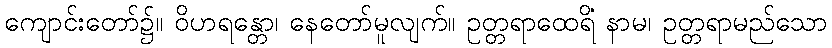
ကျောင်းတော်၌။ ဝိဟရန္တော၊ နေတော်မူလျက်။ ဥတ္တရာထေရိံ နာမ၊ ဥတ္တရာမည်သော